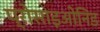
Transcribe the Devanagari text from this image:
प्रोसाइओनिड